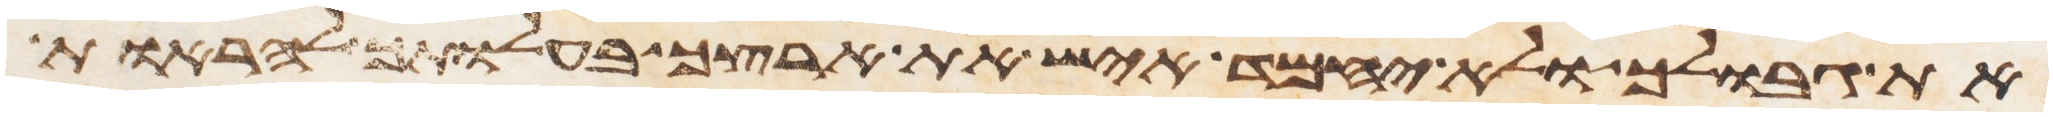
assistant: את גבולך ולא יחמד איש את ארצך בהעלותך להראות